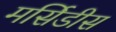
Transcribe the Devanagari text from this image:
मर्सिडीस